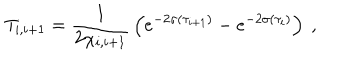
T _ { i , i + 1 } = { \frac { 1 } { \displaystyle { 2 \chi _ { i , i + 1 } } } } \left( e ^ { - 2 \sigma ( \tau _ { i + 1 } ) } - e ^ { - 2 \sigma ( \tau _ { i } ) } \right) ~ , ~ \,